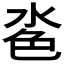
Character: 𪵼